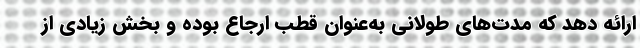
ارائه دهد که مدت‌های طولانی به‌عنوان قطب ارجاع بوده و بخش زیادی از